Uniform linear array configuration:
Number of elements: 32
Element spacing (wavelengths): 0.75
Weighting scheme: hann
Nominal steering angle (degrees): -15
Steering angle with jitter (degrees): -15.21
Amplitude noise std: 0.05
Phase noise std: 0.05

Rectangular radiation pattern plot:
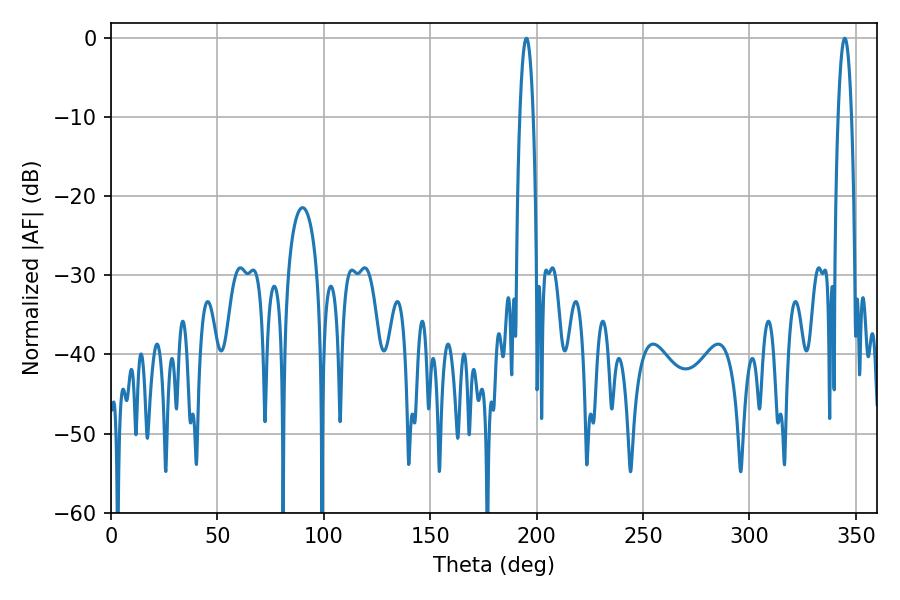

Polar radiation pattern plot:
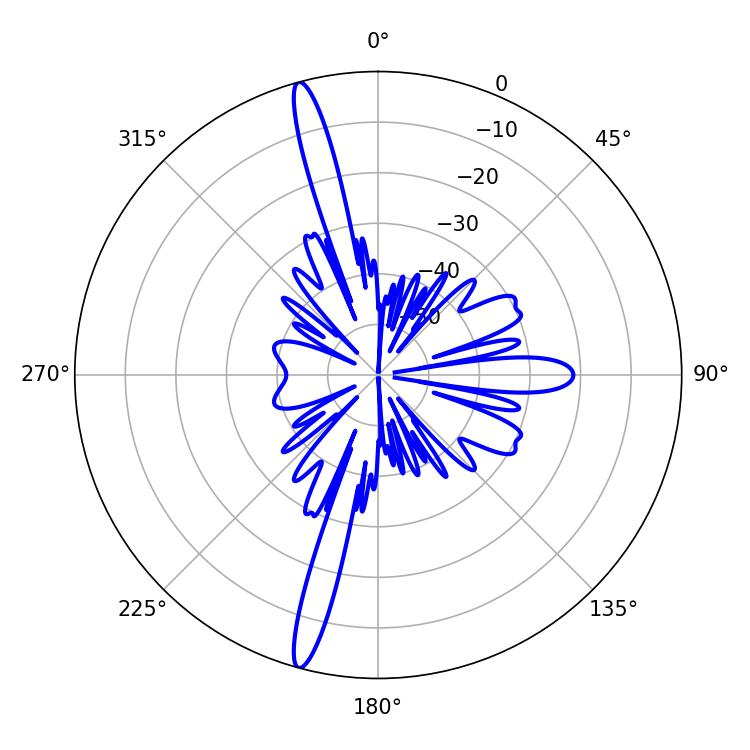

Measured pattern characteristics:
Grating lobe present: TRUE
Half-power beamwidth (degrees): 3.42
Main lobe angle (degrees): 195.12